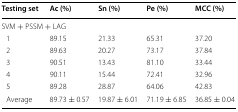
| Testing set | Ac (%) | Sn (%) | Pe (%) | MCC (%) |
 | --- | --- | --- | --- | --- |
 | <COLSPAN=5> SVM + PSSM + LAG |
 | 1 | 89.15 | 21.33 | 65.31 | 37.20 |
 | 2 | 89.63 | 20.27 | 73.17 | 37.84 |
 | 3 | 90.51 | 13.43 | 81.10 | 33.44 |
 | 4 | 90.11 | 15.44 | 72.41 | 32.96 |
 | 5 | 89.28 | 28.87 | 64.06 | 42.83 |
 | Average | 89.73 ± 0.57 | 19.87 ± 6.01 | 71.19 ± 6.85 | 36.85 ± 0.04 |